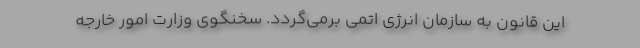
این قانون به سازمان انرژی اتمی برمی‌گردد. سخنگوی وزارت امور خارجه